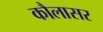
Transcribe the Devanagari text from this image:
कौलासर